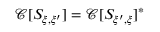
\mathscr { C } [ S _ { \xi , \xi ^ { \prime } } ] = \mathscr { C } [ S _ { \xi ^ { \prime } , \xi } ] ^ { * }